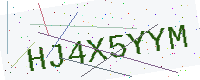
Text: HJ4X5YYM